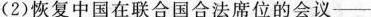
(2)恢复中国在联合国合法席位的会议-